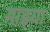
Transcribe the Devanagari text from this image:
माझ्या